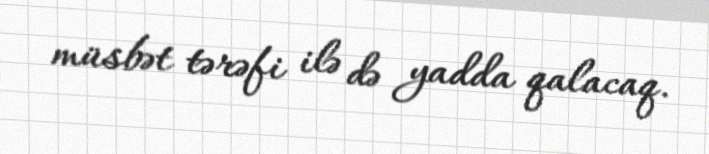
müsbət tərəfi ilə də yadda qalacaq.